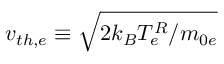
v _ { t h , e } \equiv \sqrt { 2 k _ { B } T _ { e } ^ { R } / m _ { 0 e } }